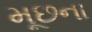
મૂછના